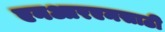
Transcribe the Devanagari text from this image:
एनआरएमसाठी